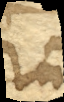
rum